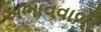
અભાવવાળી